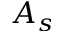
A _ { s }